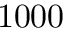
1 0 0 0